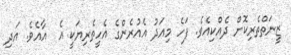
ޒީނަތްތެރިކޮށް ދެއްކިއެވެ. ފަހެ މިއަދު އެއުރެންގެ އެހީތެރިޔަކީ އެ  އާއެވެ. އަދި